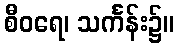
စီဝရေ၊ သင်္ကန်း၌။